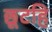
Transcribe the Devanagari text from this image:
छूटहि